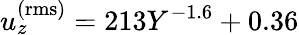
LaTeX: u_{z}^{\mathrm{(rms)}}=213Y^{-1.6}+0.36